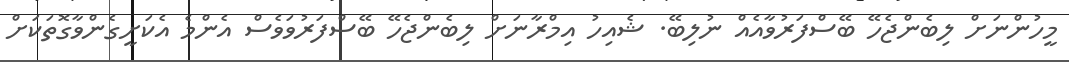
މީހުންނަށް ލިބެންޖެހޭ ބޭސްފަރުވާއެއް ނުލިބޭ. ޝެއިހު އިމްރާނަށް ލިބެންޖެހޭ ބޭސްފަރުވަވެސް އެންމެ އެކަށީގެންވާގޮތަކަށް